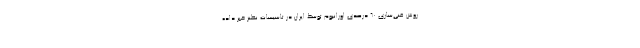
روش غنی‌سازی ۶۰ درصدی اورانیوم توسط ایران در تأسیسات نطنز خبر داده